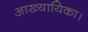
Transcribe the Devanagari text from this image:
आख्यायिका।